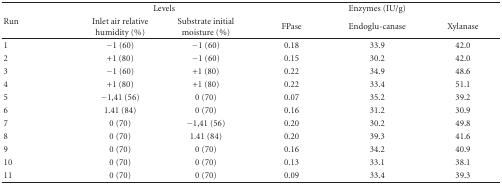
| <ROWSPAN=2> Run | <COLSPAN=2> Levels | <COLSPAN=3> Enzymes (IU/g) |
 | Inlet air relative humidity (%) | Substrate initial moisture (%) | FPase | Endoglu-canase | Xylanase |
 | --- | --- | --- | --- | --- | --- |
 | 1 | −1 (60) | −1 (60) | 0.18 | 33.9 | 42.0 |
 | 2 | +1 (80) | −1 (60) | 0.15 | 30.2 | 42.0 |
 | 3 | −1 (60) | +1 (80) | 0.22 | 34.9 | 48.6 |
 | 4 | +1 (80) | +1 (80) | 0.22 | 33.4 | 51.1 |
 | 5 | −1,41 (56) | 0 (70) | 0.07 | 35.2 | 39.2 |
 | 6 | 1.41 (84) | 0 (70) | 0.16 | 31.2 | 30.9 |
 | 7 | 0 (70) | −1,41 (56) | 0.20 | 30.2 | 49.8 |
 | 8 | 0 (70) | 1.41 (84) | 0.20 | 39.3 | 41.6 |
 | 9 | 0 (70) | 0 (70) | 0.16 | 34.2 | 40.9 |
 | 10 | 0 (70) | 0 (70) | 0.13 | 33.1 | 38.1 |
 | 11 | 0 (70) | 0 (70) | 0.09 | 33.4 | 39.3 |